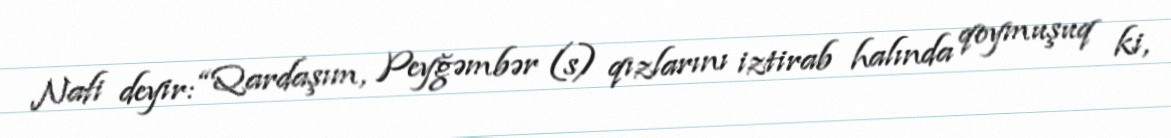
Nafi deyir: “Qardaşım, Peyğəmbər (s) qızlarını iztirab halında qoymuşuq ki,